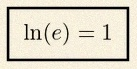
\ln(e)=1